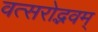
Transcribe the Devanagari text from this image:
वत्सरोद्भवम्